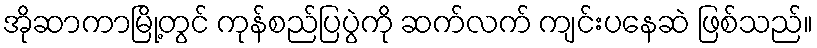
အိုဆာကာမြို့တွင် ကုန်စည်ပြပွဲကို ဆက်လက် ကျင်းပနေဆဲ ဖြစ်သည်။